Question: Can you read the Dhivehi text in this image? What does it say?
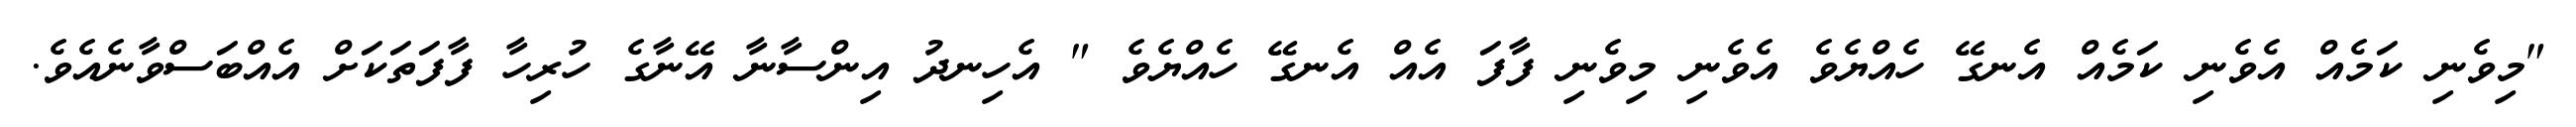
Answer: "މިވެނި ކަމެއް އެވެނި ކަމެއް އެނގޭ ހެއްޔެވެ އެވެނި މިވެނި ފާފަ އެއް އެނގޭ ހެއްޔެވެ " އެހިނދު އިންސާނާ އޭނާގެ ހުރިހާ ފާފަތަކަށް އެއްބަސްވާނެއެވެ.